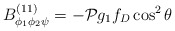
\begin{align*}B^{(11)}_{\phi_1\phi_2\psi}=-{\cal P}g_1f_D\cos^2\theta\end{align*}